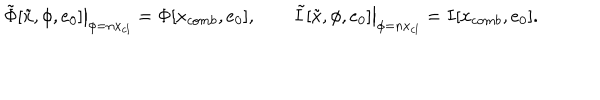
\left. \tilde { \Phi } [ \tilde { x } , \phi , e _ { 0 } ] \right| _ { \phi = n x _ { c l } } = \Phi [ x _ { c o m b } , e _ { 0 } ] , \qquad \left. \tilde { I } [ \tilde { x } , \phi , e _ { 0 } ] \right| _ { \phi = n x _ { c l } } = I [ x _ { c o m b } , e _ { 0 } ] .